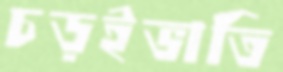
চড়ইভাতি